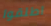
اطلقوا